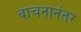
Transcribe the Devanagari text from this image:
वाचनानंतर